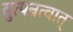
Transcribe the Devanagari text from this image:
वुत्पन्नत्वात्